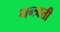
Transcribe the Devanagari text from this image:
मन्त्र्वती